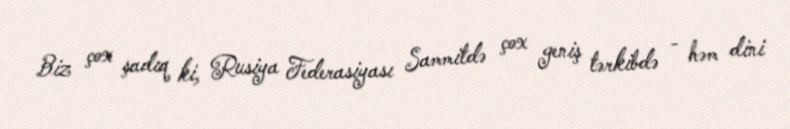
Biz çox şadıq ki, Rusiya Federasiyası Sammitdə çox geniş tərkibdə - həm dini